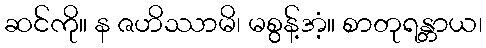
ဆင်ကို။ န ဇဟိဿာမိ၊ မစွန့်အံ့။ စာတုရန္တာယ၊